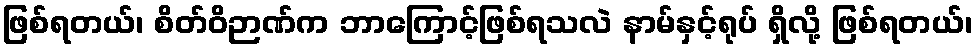
ဖြစ်ရတယ်၊ စိတ်ဝိဉာဏ်က ဘာကြောင့်ဖြစ်ရသလဲ နာမ်နှင့်ရုပ် ရှိလို့ ဖြစ်ရတယ်၊